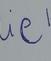
Signature authenticity: forged